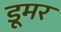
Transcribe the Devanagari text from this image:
डूमर